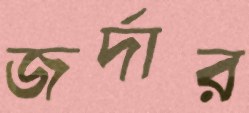
জর্দার